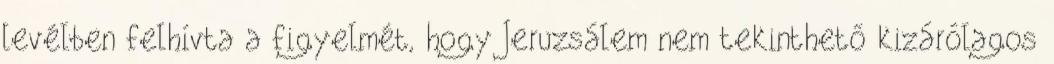
levélben felhívta a figyelmét, hogy Jeruzsálem nem tekinthető kizárólagos